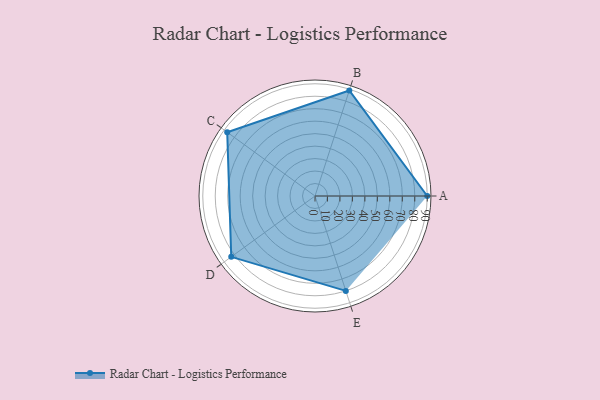
{"axis": {"x": "Skill", "y": "Score"}, "legend": ["Profile"], "data": [{"x": "A", "y": 90.0, "type": "Profile"}, {"x": "B", "y": 89.0, "type": "Profile"}, {"x": "C", "y": 87.0, "type": "Profile"}, {"x": "D", "y": 83.0, "type": "Profile"}, {"x": "E", "y": 80.0, "type": "Profile"}]}